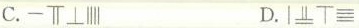
C. D.